Civil Veterinary Dept. Bombay admin report 1900-1906 - 1900-1906
Year: 1900
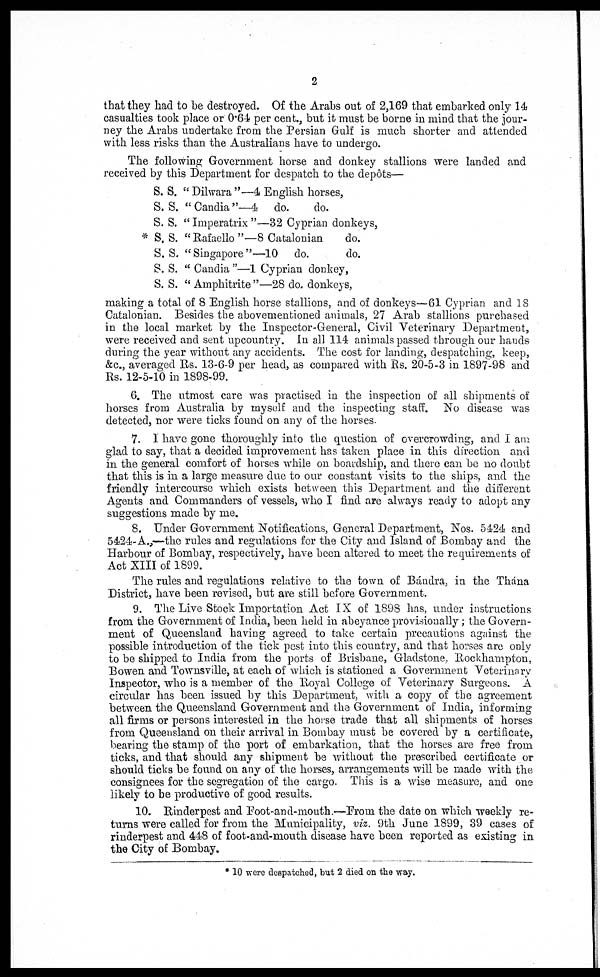
2
that they had to be destroyed. Of the Arabs out of 2,169 that embarked only 14
casualties took place or 0.64 per cent., but it must be borne in mind that the jour-
ney the Arabs undertake from the Persian Gulf is much shorter and attended
with less risks than the Australians have to undergo.
The following Government horse and donkey stallions were landed and
received by this Department for despatch to the depôts—
*
S. S. " Dilwara "—4 English horses,
S. S. "Candia"—4 do.
do.
S. S. "Imperatrix"—32 Cyprian donkeys,
S, S. "Rafaello "—8 Catalonian do.
S. S. "Singapore"—10 do.
do.
S. S. "Candia"—1 Cyprian donkey,
S. S. "Amphitrite"—28 do. donkeys,
making a total of 8 English horse stallions, and of donkeys—61 Cyprian and 18
Catalonian. Besides the abovementioned animals, 27 Arab stallions purchased
in the local market by the Inspector-General, Civil Veterinary Department,
were received and sent upcountry. In all 114 animals passed through our hands
during the year without any accidents. The cost for landing, despatching, keep,
&c, averaged Rs. 13-6-9 per head, as compared with Rs. 20-5-3 in 1897-98 and
Rs. 12-5-10 in 1898-99.
6. The utmost care was practised in the inspection of all shipments of
horses from Australia by myself and the inspecting staff. No disease was
detected, nor were ticks found on any of the horses.
7. I have gone thoroughly into the question of overcrowding, and I am
glad to say, that a decided improvement has taken place in this direction and
in the general comfort of horses while on boardship, and there can be no doubt
that this is in a large measure due to our constant visits to the ships, and the
friendly intercourse which exists between this Department and the different
Agents and Commanders of vessels, who I find are always ready to adopt any
suggestions made by me.
8. Under Government Notifications, General Department, Nos. 5424 and
5424-A.,—the rules and regulations for the City and Island of Bombay and the
Harbour of Bombay, respectively, have been altered to meet the requirements of
Act XIII of 1899.
The rules and regulations relative to the town of Bándra. in the Thána
District, have been revised, but are still before Government.
9. The Live Stock Importation Act IX of 1898 has, under instructions
from the Government of India, been held in abeyance provisionally; the Govern-
ment of Queensland having agreed to take certain precautions against the
possible introduction of the tick pest into this country, and that horses are only
to be shipped to India from the ports of Brisbane, Gladstone, Rockhampton,
Bowen and Townsville, at each of which is stationed a Government Veterinary
Inspector, who is a member of the Royal College of Veterinary Surgeons. A
circular has been issued by this Department, with a copy of the agreement
between the Queensland Government and the Government of India, informing
all firms or persons interested in the horse trade that all shipments of horses
from Queensland on their arrival in Bombay must be covered by a certificate,
bearing the stamp of the port of embarkation, that the horses are free from
ticks, and that should any shipment be without the prescribed certificate or
should ticks be found on any of the horses, arrangements will be made with the
consignees for the segregation of the cargo. This is a wise measure, and one
likely to be productive of good results.
10. Rinderpest and Foot-and-mouth.—From the date on which weekly re-
turns were called for from the Municipality, viz. 9th June 1899, 39 cases of
rinderpest and 448 of foot-and-mouth disease have been reported as existing in
the City of Bombay.
* 10 were despatched, but 2 died on the way.